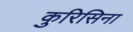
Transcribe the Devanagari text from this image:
कुरिसिना